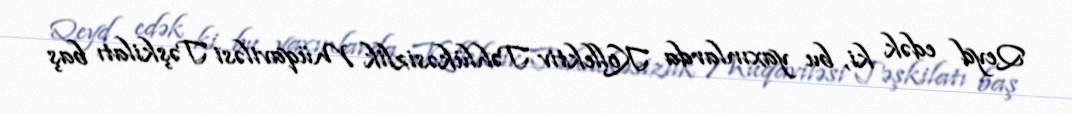
Qeyd edək ki, bu yaxınlarda Kollektiv Təhlükəsizlik Müqaviləsi Təşkilatı baş